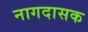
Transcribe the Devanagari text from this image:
नागदासक